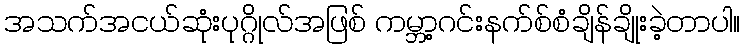
အသက်အငယ်ဆုံးပုဂ္ဂိုလ်အဖြစ် ကမ္ဘာ့ဂင်းနက်စ်စံချိန်ချိုးခဲ့တာပါ။